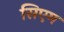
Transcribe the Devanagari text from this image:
सिएम